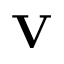
\mathbf { V }